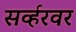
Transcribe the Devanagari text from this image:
सर्व्हरवर